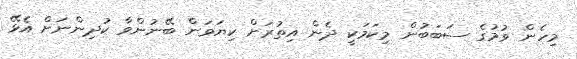
މިހެން ވުމުގެ ސަބަބުން މިކަމަކީ ދެން އިތުރަށް ކިޔަވަން ބޭނުންވާ ކުދިންނަށް އެޅޭ